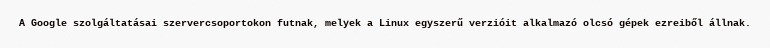
A Google szolgáltatásai szervercsoportokon futnak, melyek a Linux egyszerű verzióit alkalmazó olcsó gépek ezreiből állnak.